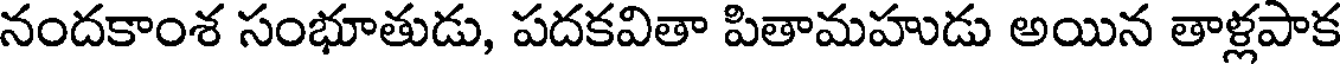
నందకాంశ సంభూతుడు, పదకవితా పితామహుడు అయిన తాళ్లపాక